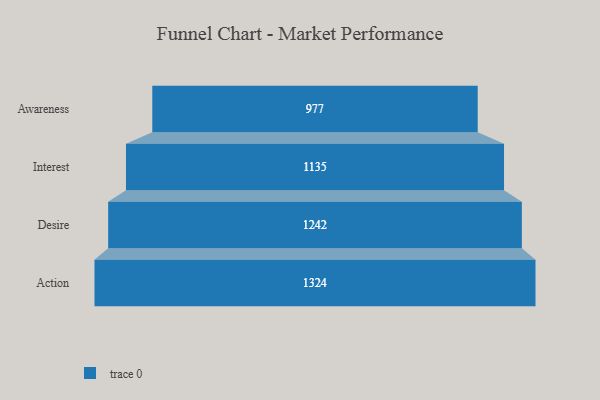
{"axis": {"x": "Stage", "y": "Value"}, "legend": [""], "data": [{"x": "Awareness", "y": 977.0, "type": ""}, {"x": "Interest", "y": 1135.0, "type": ""}, {"x": "Desire", "y": 1242.0, "type": ""}, {"x": "Action", "y": 1324.0, "type": ""}]}